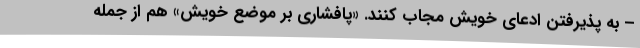
– به پذیرفتن ادعای خویش مجاب کنند. «پافشاری بر موضع خویش» هم از جمله